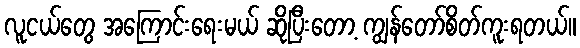
လူငယ်တွေ အကြောင်းရေးမယ် ဆိုပြီးတော့ ကျွန်တော်စိတ်ကူးရတယ်။